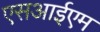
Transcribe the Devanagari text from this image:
एसआईएम